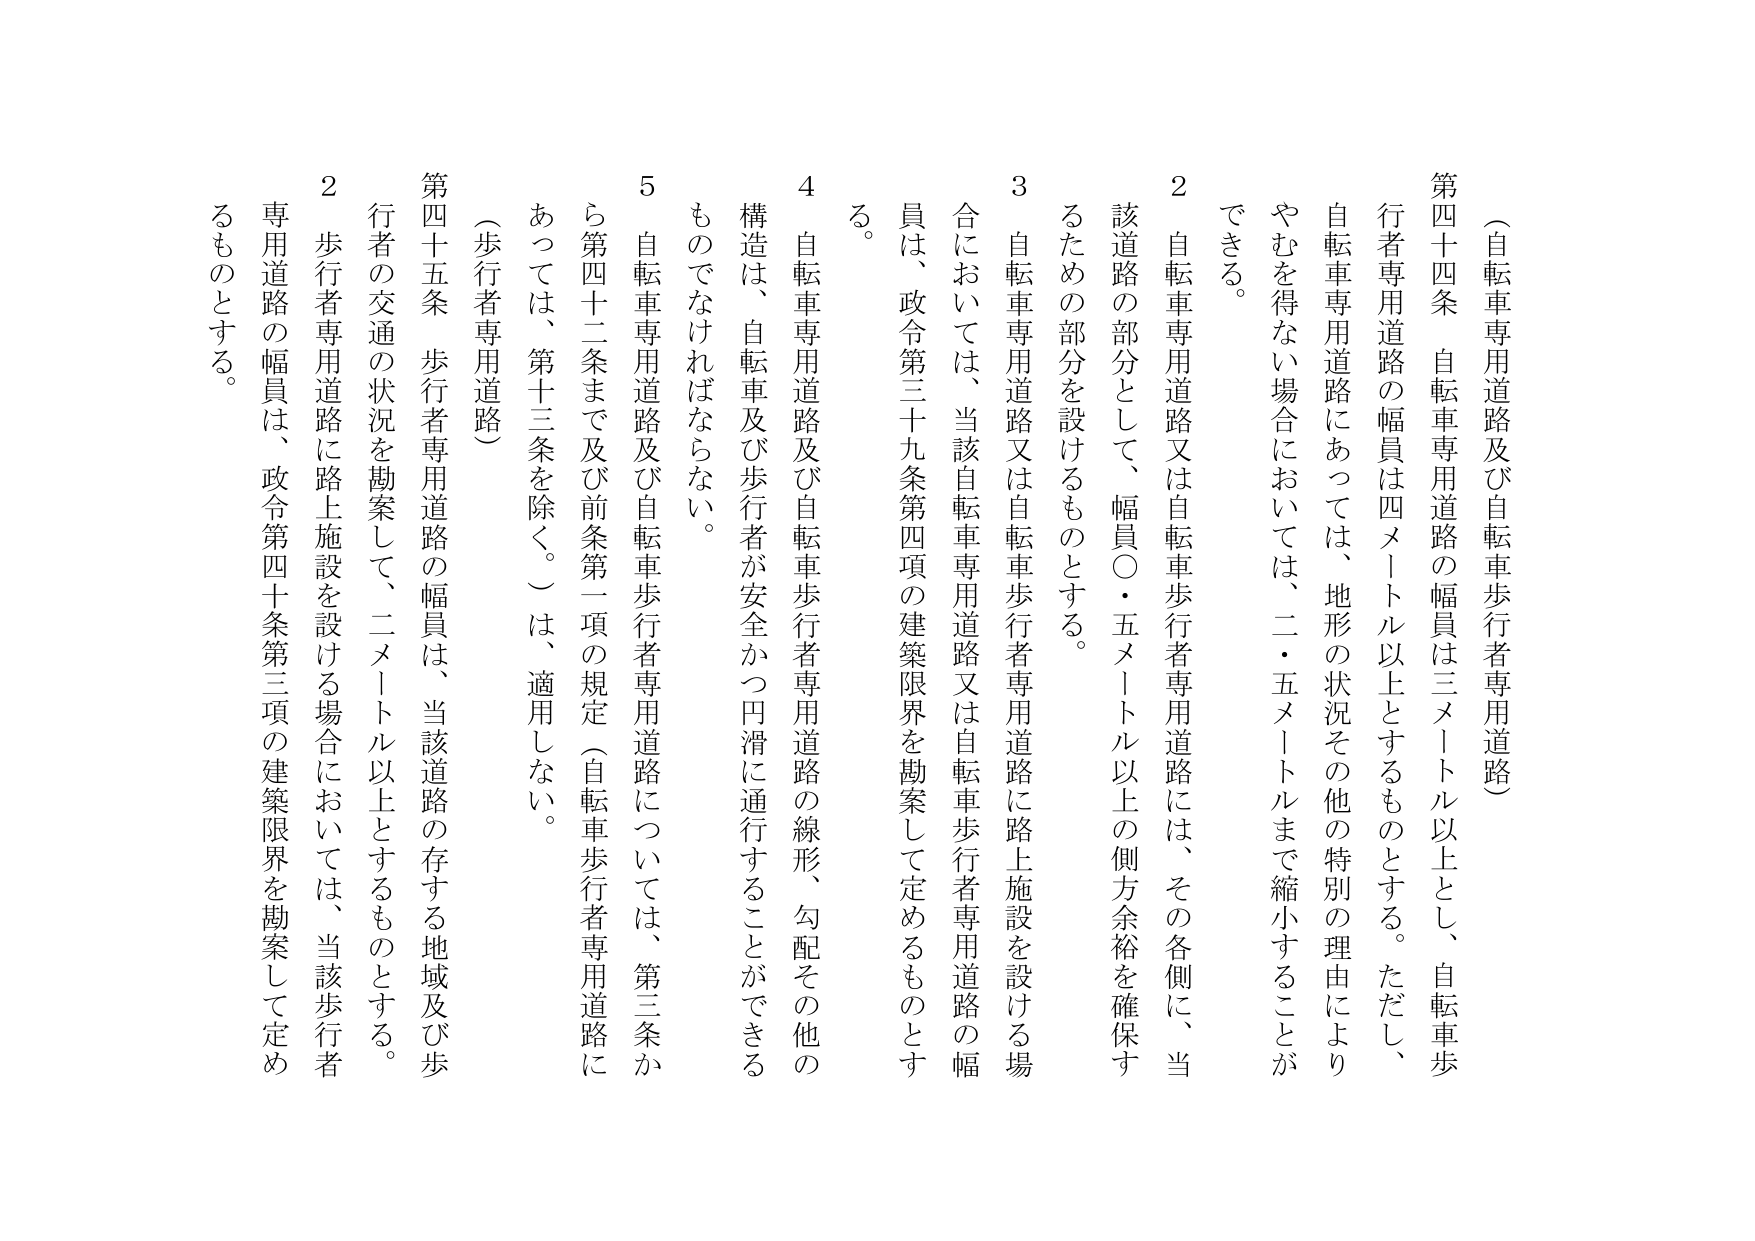
（自転車専用道路及び自転車歩行者専用道路）

第四十四条 自転車専用道路の幅員は三メートル以上とし、自転車歩行者専用道路の幅員は四メートル以上とするものとする。ただし、自転車専用道路にあっては、地形の状況その他の特別の理由によりやむを得ない場合においては、二・五メートルまで縮小することができる。

２ 自転車専用道路又は自転車歩行者専用道路には、その各側に、当該道路の部分として、幅員〇・五メートル以上の側方余裕を確保するための部分を設けるものとする。

３ 自転車専用道路又は自転車歩行者専用道路に路上施設を設ける場合においては、当該自転車専用道路又は自転車歩行者専用道路の幅員は、政令第三十九条第四項の建築限界を勘案して定めるものとする。

４ 自転車専用道路及び自転車歩行者専用道路の線形、勾配その他の構造は、自転車及び歩行者が安全かつ円滑に通行することができるものでなければならない。

５ 自転車専用道路及び自転車歩行者専用道路については、第三条から第四十二条まで及び前条第一項の規定（自転車歩行者専用道路にあっては、第十三条を除く。）は、適用しない。

（歩行者専用道路）

第四十五条 歩行者専用道路の幅員は、当該道路の存する地域及び歩行者の交通の状況を勘案して、二メートル以上とするものとする。

２ 歩行者専用道路に路上施設を設ける場合においては、当該歩行者専用道路の幅員は、政令第四十条第三項の建築限界を勘案して定めるものとする。